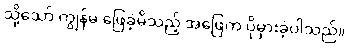
သို့သော် ကျွန်မ ဖြေခဲ့မိသည့် အဖြေက ပိုမှားခဲ့ပါသည်။